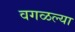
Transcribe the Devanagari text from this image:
वगळल्या